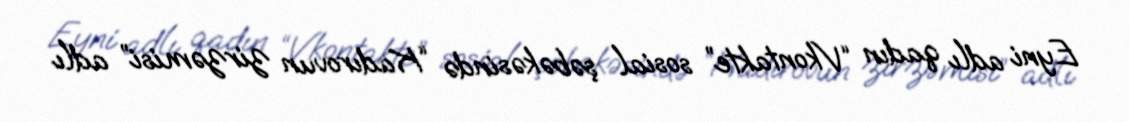
Eyni adlı qadın “Vkontakte” sosial şəbəkəsində “Kadırovun zirzəmisi” adlı